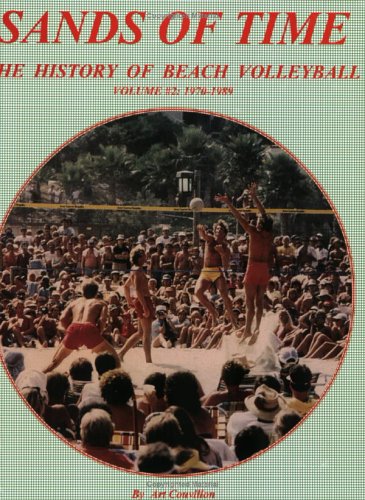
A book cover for Sands of Time: The History of Beach Volleyball, Vol. 2: 1970-1989; Art Couvillon; Sports & Outdoors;